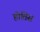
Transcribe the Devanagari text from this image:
होतिस